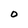
Character: O